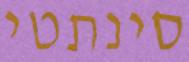
סינתטי